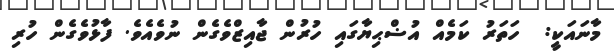
މާނައަކީ:  ހަތަރު ކަމެއް އުޟްޙިޔާގައި ހުރުން ޖާއިޒްވެގެން ނުވެއެވެ. ފާޅުވެގެން ހުރި